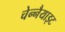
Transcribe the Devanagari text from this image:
चेन्नैयाइट